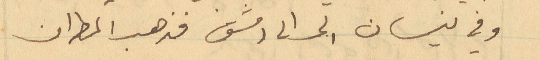
وفي نيسان اتى الى دمشق فذهب المطران